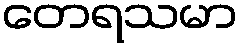
တေရသမာ